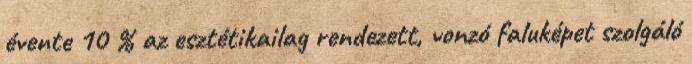
évente 10 % az esztétikailag rendezett, vonzó faluképet szolgáló